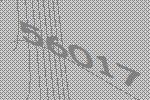
56017